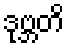
ဒုဗ္ဘတိ